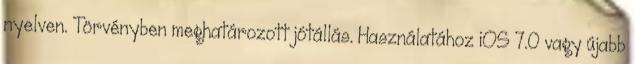
nyelven. Törvényben meghatározott jótállás. Használatához iOS 7.0 vagy újabb